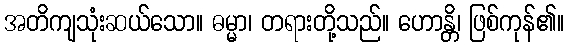
အတိကျသုံးဆယ်သော။ ဓမ္မာ၊ တရားတို့သည်။ ဟောန္တိ၊ ဖြစ်ကုန်၏။